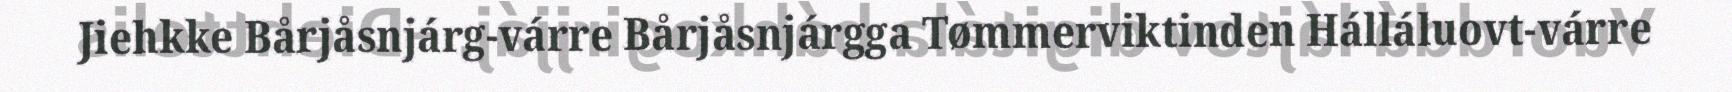
Jiehkke Bårjåsnjárg-várre Bårjåsnjárgga Tømmerviktinden Hálláluovt-várre